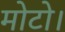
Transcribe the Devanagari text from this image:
मोटो।